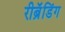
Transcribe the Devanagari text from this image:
रीब्रॅंडिंग